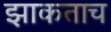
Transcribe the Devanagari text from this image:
झाकताच